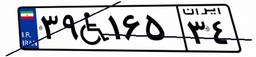
۳۹W۱۶۵۳۴